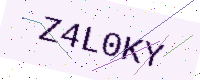
Text: Z4L0KY